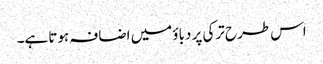
اس طرح ترکی پر دباؤ میں اضافہ ہوتا ہے۔